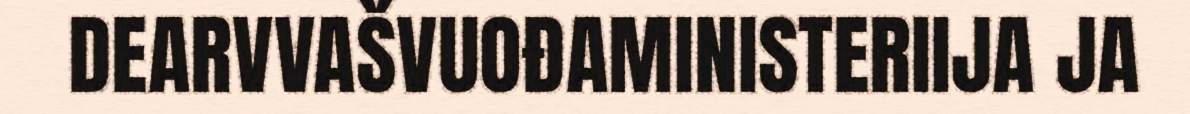
DEARVVAŠVUOĐAMINISTERIIJA JA